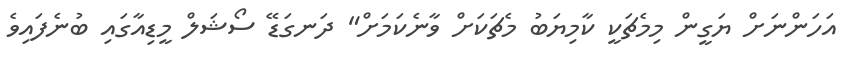
އަހަންނަށް ޔަގީން މިމެޗަކީ ކާމިޔަބު މެޗަކަށް ވާނެކަމަށް" ދަނގަޑޭ ސޯޝަލް މީޑިއާގައި ބުނެފައިވެ